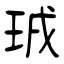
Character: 珬